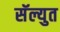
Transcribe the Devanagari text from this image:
सॅल्युत